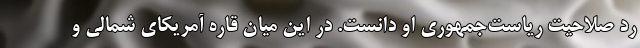
رد صلاحیت ریاست‌جمهوری او دانست. در این میان قاره آمریکای شمالی و